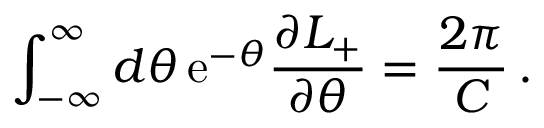
\int _ { - \infty } ^ { \infty } d \theta \, \mathrm { e } ^ { - \theta } \frac { \partial L _ { + } } { \partial \theta } = \frac { 2 \pi } { C } \, .